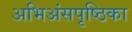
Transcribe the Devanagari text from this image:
अभिअंसपृष्ठिका